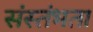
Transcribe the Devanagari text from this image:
संस्तंभता